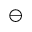
\ominus